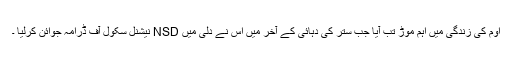
اوم کی زندگی میں اہم موڑ تب آیا جب ستر کی دہائی کے آخر میں اس نے دلی میں NSD نیشنل سکول آف ڈرامہ جوائن کرلیا ۔